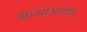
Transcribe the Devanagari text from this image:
खात्याअंतर्गत